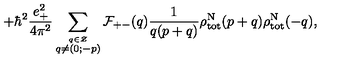
+ { \hbar } ^ { 2 } \frac { e _ { + } ^ { 2 } } { 4 { \pi } ^ { 2 } } \sum _ { \stackrel { q \in \cal Z } { q \neq ( 0 ; - p ) } } { \cal F } _ { + - } ( q ) \frac { 1 } { q ( p + q ) } { \rho } _ { \mathrm { t o t } } ^ { \mathrm { N } } ( p + q ) { \rho } _ { \mathrm { t o t } } ^ { \mathrm { N } } ( - q ) ,